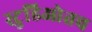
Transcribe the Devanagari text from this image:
स्टुडिओतच